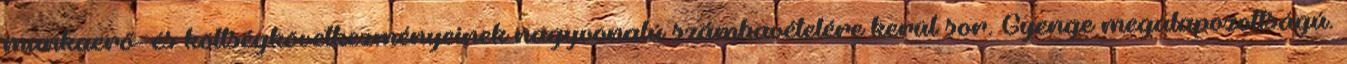
munkaerő- és költségkövetkezményeinek nagyvonalú számbavételére kerül sor. Gyenge megalapozottságú.